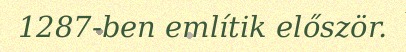
1287-ben említik először.